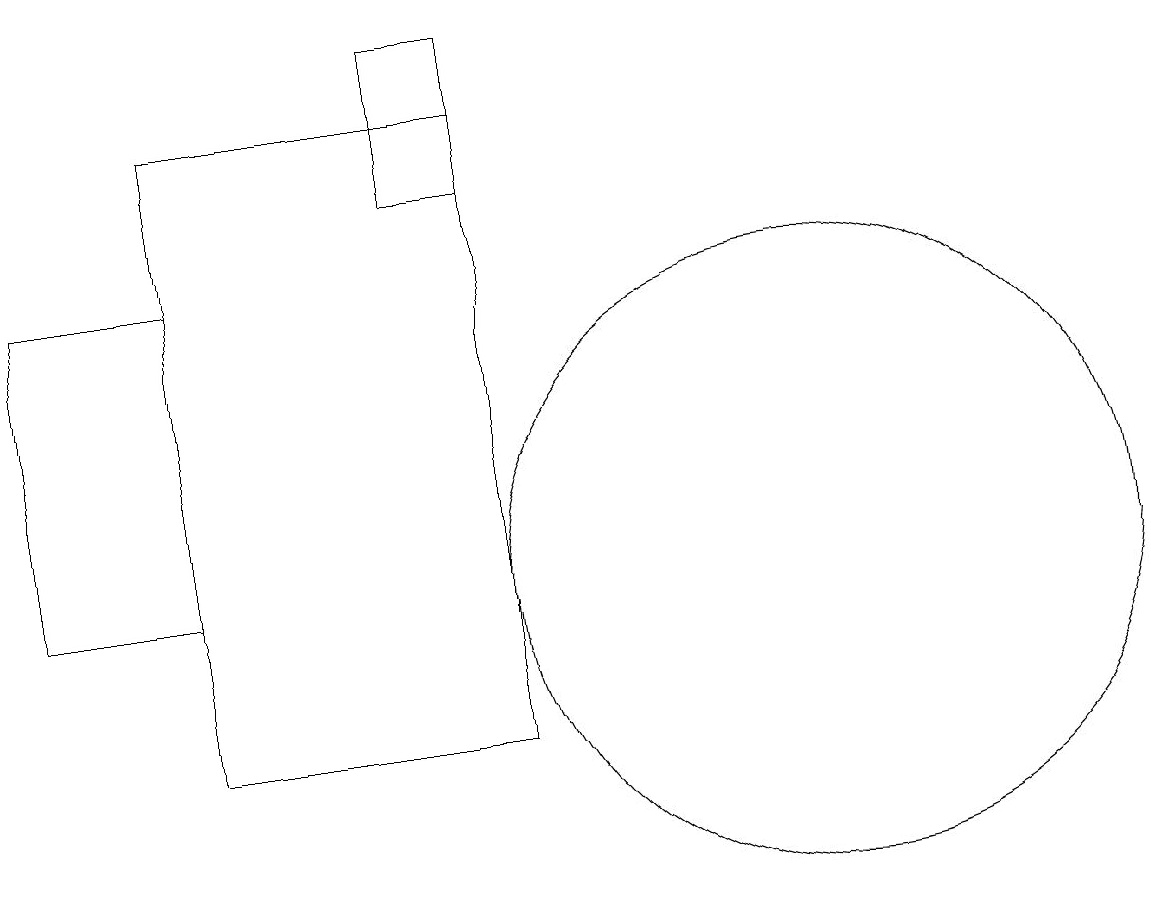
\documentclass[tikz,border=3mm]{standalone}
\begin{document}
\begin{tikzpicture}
\draw (2,18) rectangle (6,10);
\draw (10,12) circle (4);
\draw (6,19) rectangle (5,17);
\draw (0,12) rectangle (2,16);
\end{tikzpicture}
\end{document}